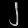
Digit: ၂